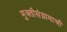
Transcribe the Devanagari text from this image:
मुक्तीसंग्रामाची